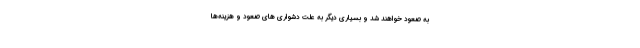
به صعود خواهند شد و بسیاری دیگر به علت دشواری های صعود و هزینه‌ها